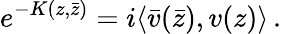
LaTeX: e^{-K(z,\bar{z})}=i\langle\bar{v}(\bar{z}),v(z)\rangle\, .